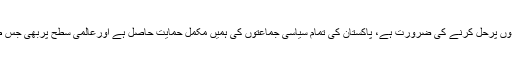
انہوں نے کہاکہ کشمیرکامسئلہ سیاسی ہے اس کوسیاسی بنیادوں پرحل کرنے کی ضرورت ہے، پاکستان کی تمام سیاسی جماعتوں کی ہمیں مکمل حمایت حاصل ہے اورعالمی سطح پربھی جس طرح بات چیت چل رہی ہے ہمیں امیدکی کرن نظرآرہی ہے ۔